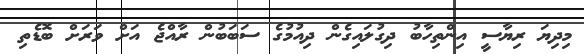
މިދިޔަ ރިޔާސީ އިންތިހާބު ދިގުލައިގެން ދިއުމުގެ ސަބަބުން ރާއްޖެ އަށް ވަރަށް ބޮޑެތި